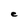
Character: e